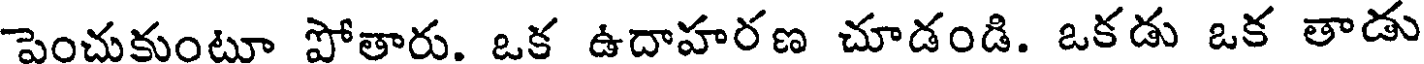
పెంచుకుంటూ పోతారు. ఒక ఉదాహరణ చూడండి. ఒకడు ఒక తాడు